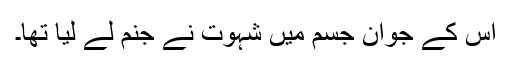
اس کے جوان جسم میں شہوت نے جنم لے لیا تھا۔